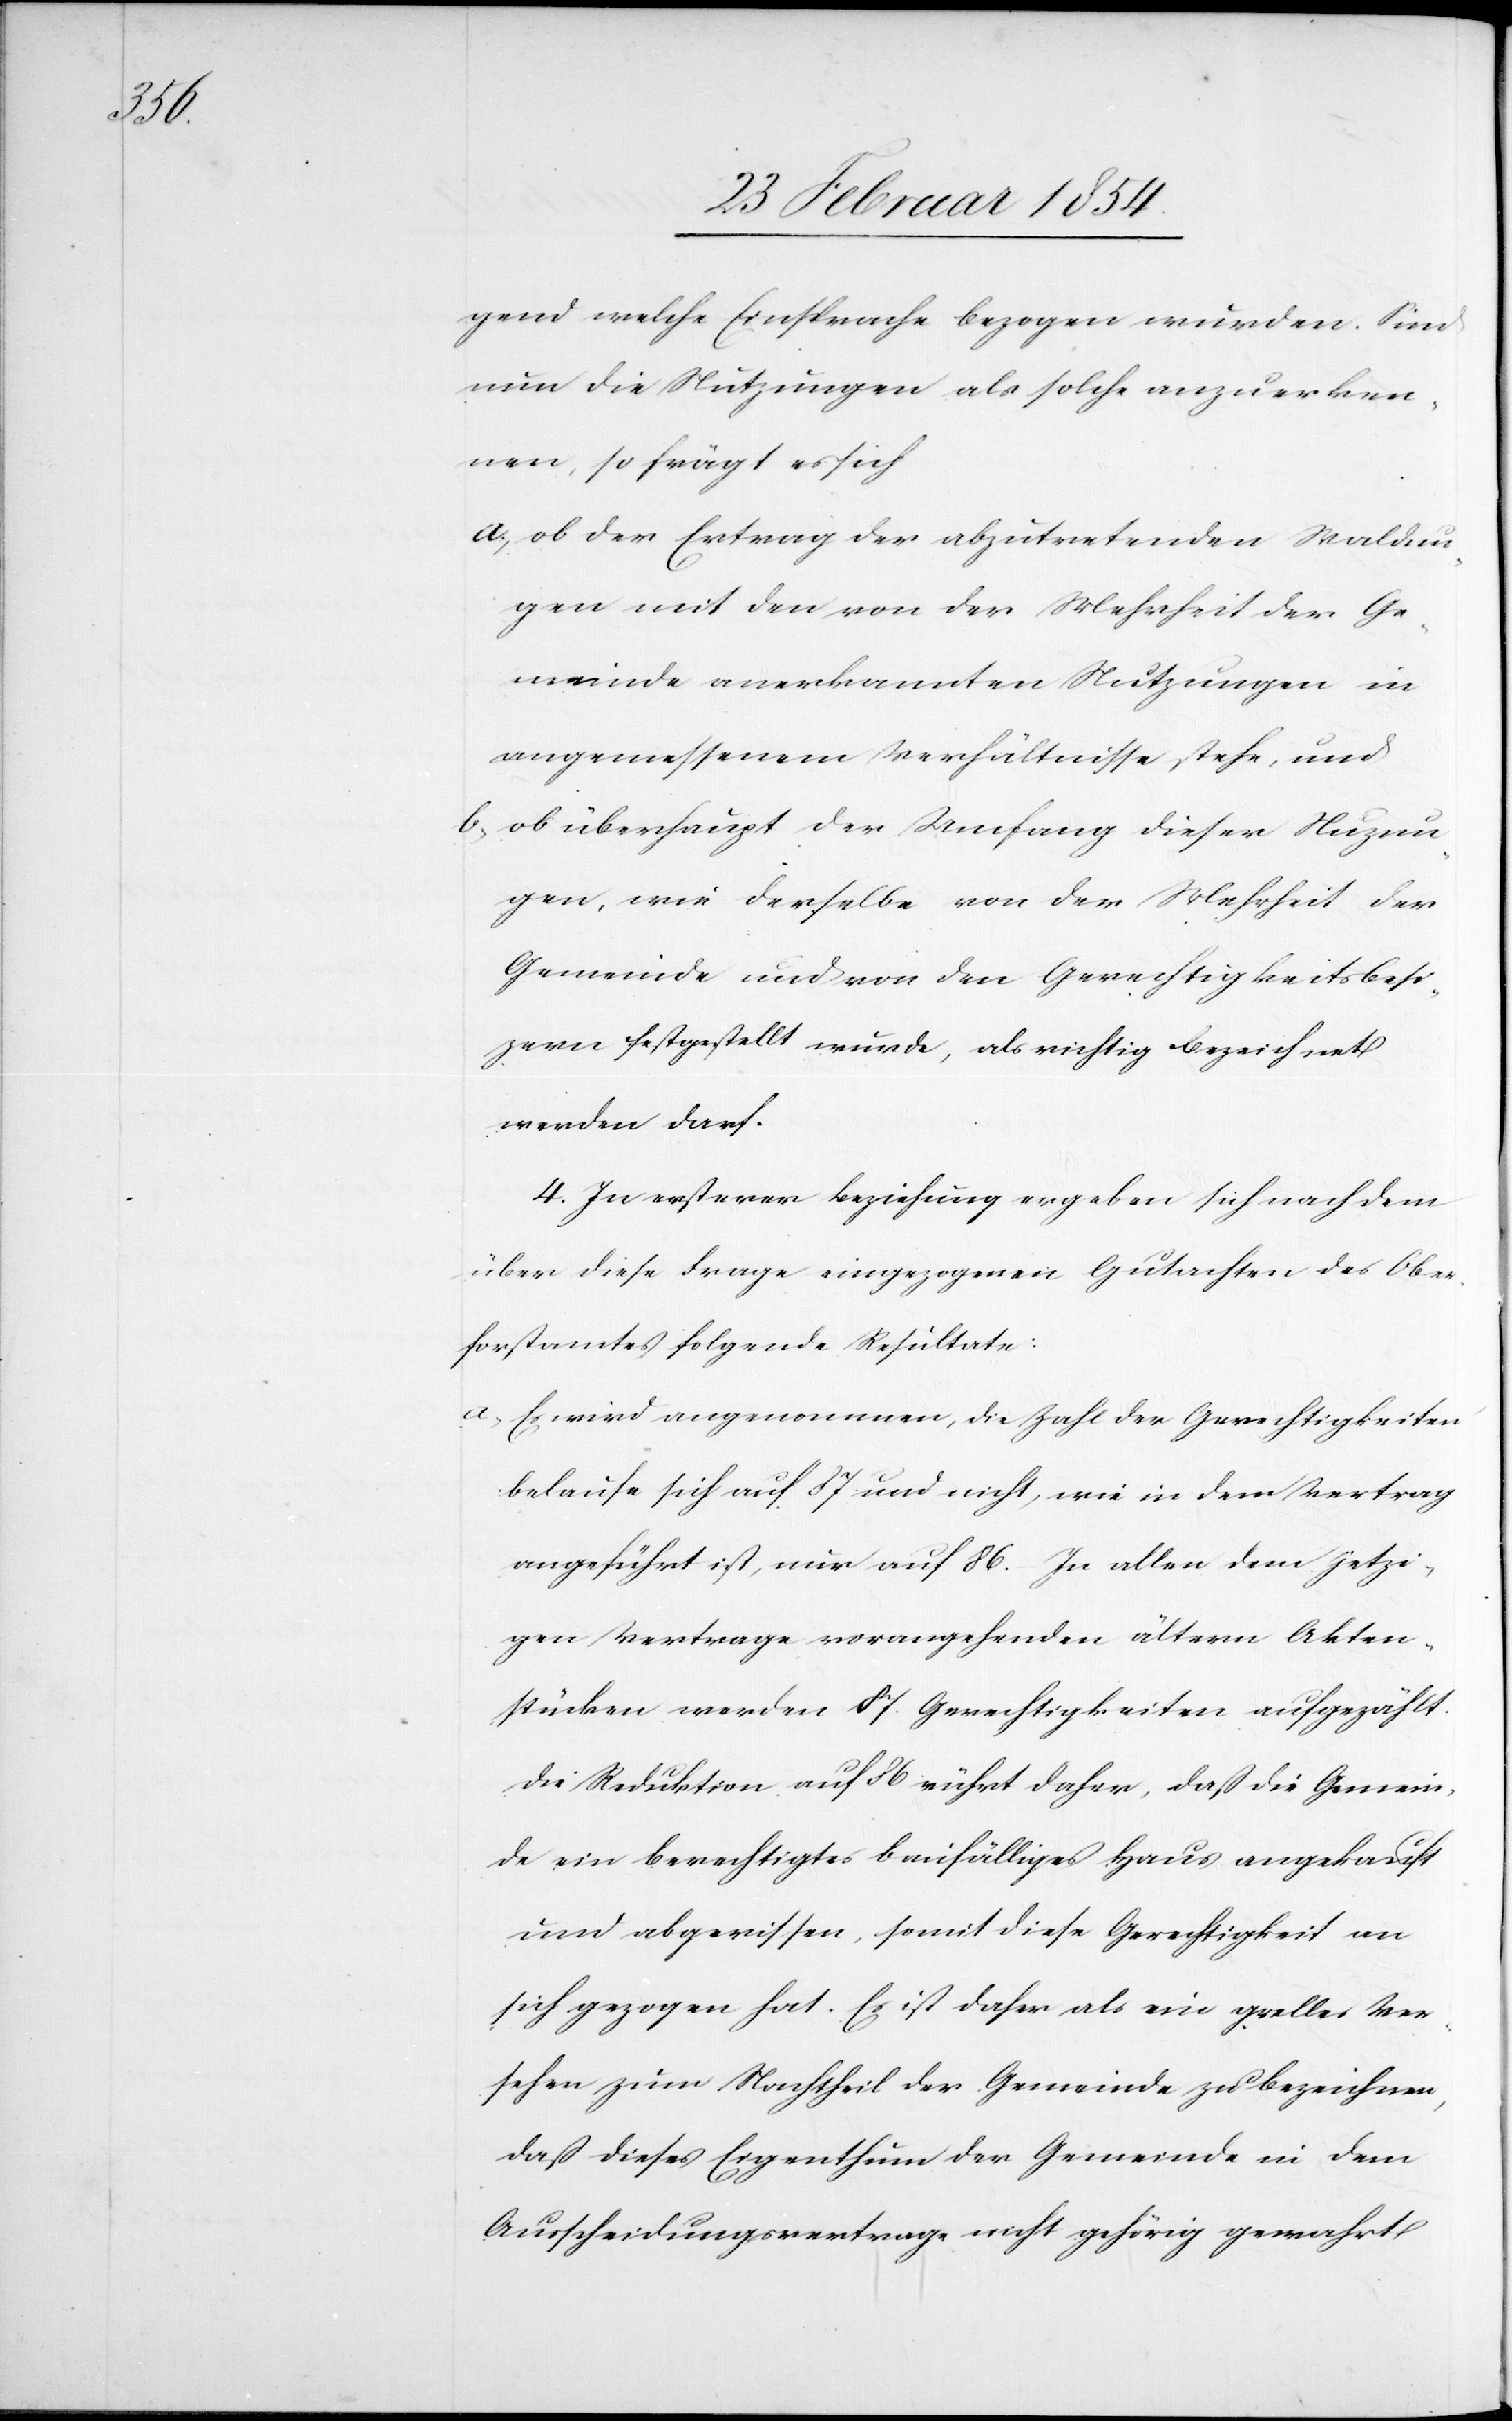
gend welche Einsprache bezogen wurden. Sind
nun die Nutzungen als solche anzuerken¬
nen, so frägt es sich
a; ob der Ertrag der abzutretenden Waldun¬
gen mit den von der Mehrheit der Ge¬
meinde anerkannten Nutzungen in
angemessenem Verhältnisse stehe, und
b; ob überhaupt der Umfang dieser Nuzun¬
gen, wie derselbe von der Mehrheit der
Gemeinde und von den Gerechtigkeitsbesit¬
zern festgestellt wurde, als richtig bezeichnet
werden darf.
4. In ersterer Beziehung ergeben sich nach dem
über diese Frage eingezogenen Gutachten des Ober¬
forstamtes folgende Resultate:
a, Es wird angenommen, die Zahl der Gerechtigkeiten
belaufe sich auf 87 und nicht, wie in dem Vertrag
angeführt ist, nur auf 86. In allen dem jetzi¬
gen Vertrage vorangehenden ältern Akten¬
stücken werden 87. Gerechtigkeiten aufgezählt.
Die Reduktion auf 86 rührt daher, daß die Gemein¬
de ein berechtigtes baufälliges Haus angekauft
und abgerissen, somit diese Gerechtigkeit an
sich gezogen hat. Es ist daher als ein [?grelles] Ver¬
sehen zum Nachtheil der Gemeinde zu bezeichnen,
daß dieses Eigenthum der Gemeinde in dem
Ausscheidungsvertrage nicht gehörig gewahrt